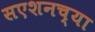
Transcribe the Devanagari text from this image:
सएशनच्या